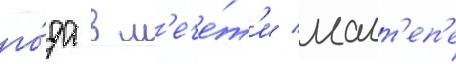
го́да в м'ече́т'и малт'еп'е